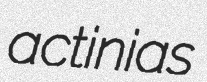
actinias